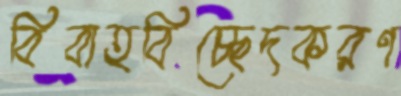
বিবাহবিচ্ছেদকরণ